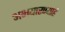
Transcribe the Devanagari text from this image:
अभयारण्याहे